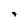
Character: 7